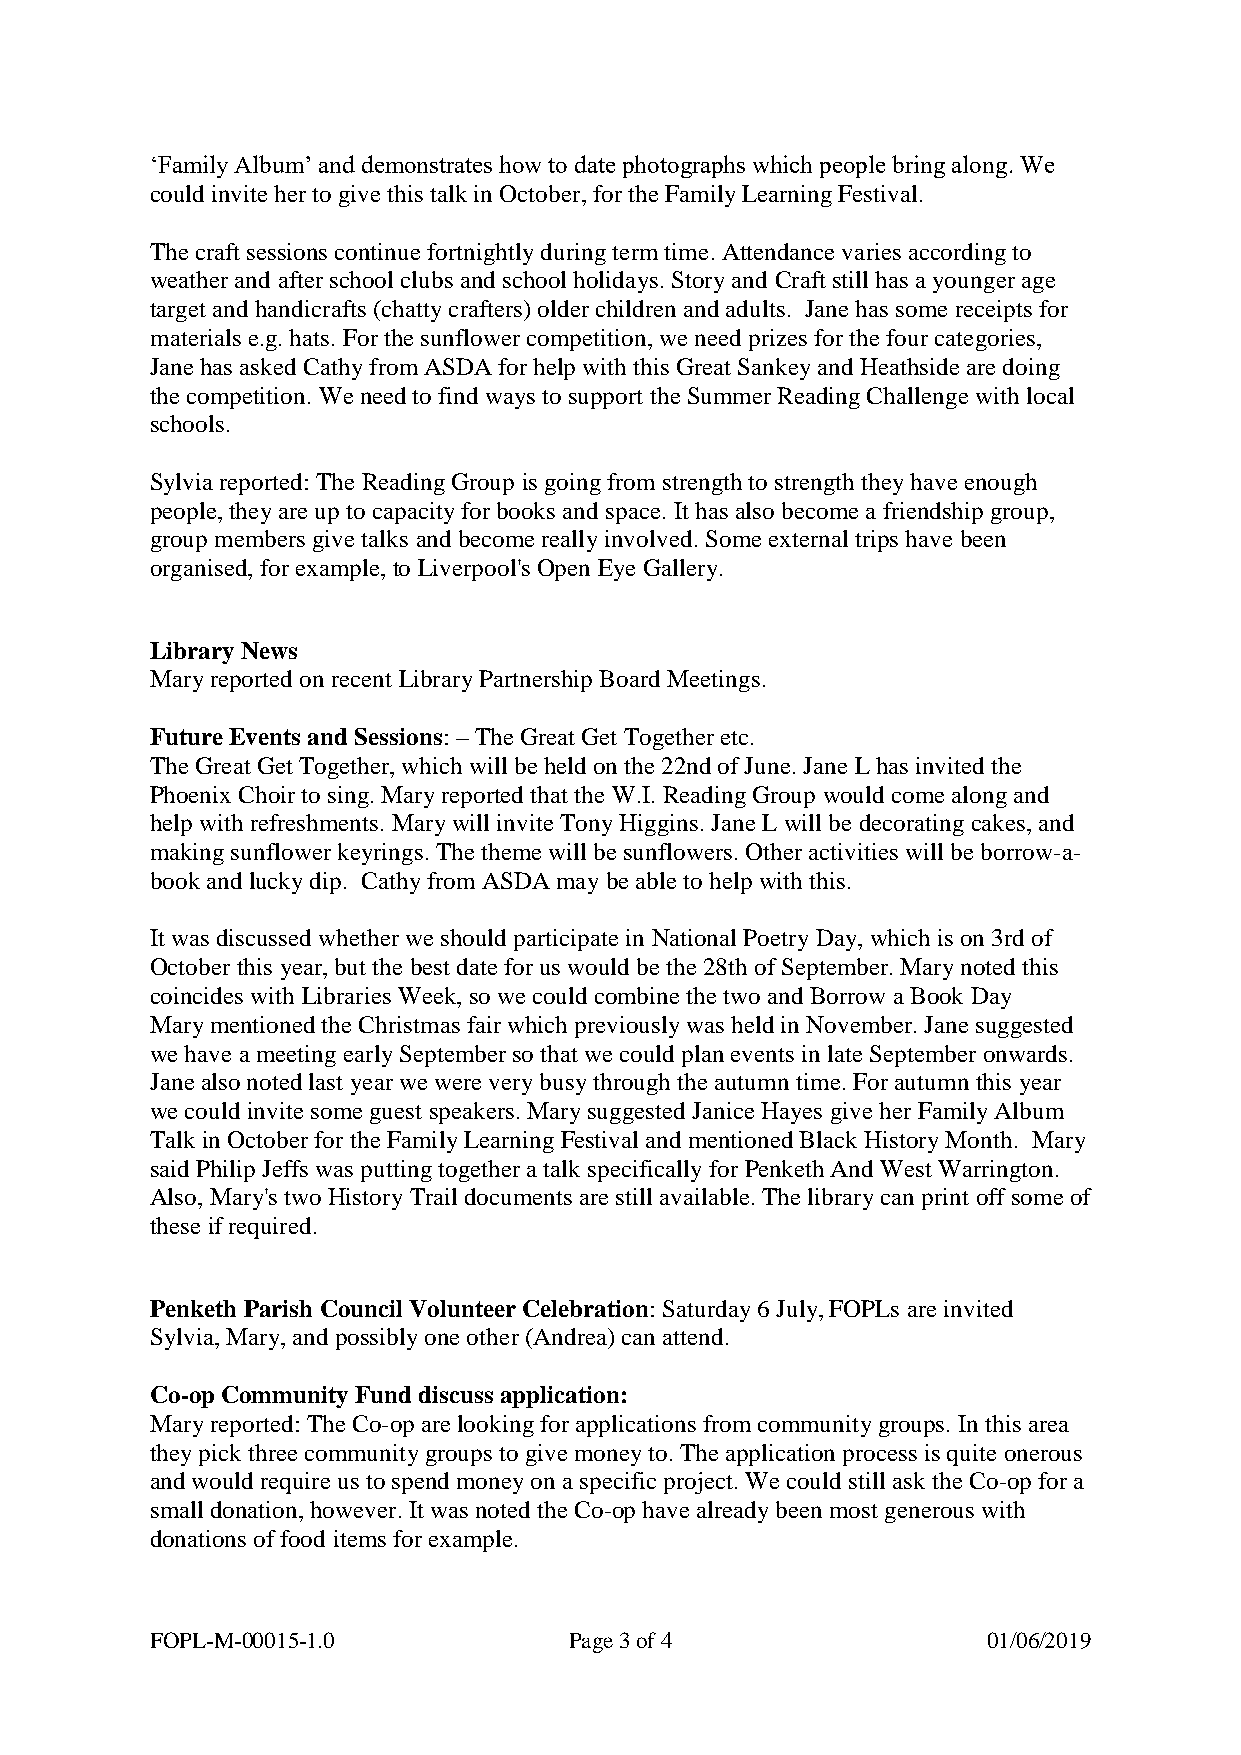
‘Family Album’ and demonstrates how to date photographs which people bring along. We
 could invite her to give this talk in October, for the Family Learning Festival.
 The craft sessions continue fortnightly during term time. Attendance varies according to
 weather and after school clubs and school holidays. Story and Craft still has a younger age
 target and handicrafts (chatty crafters) older children and adults. Jane has some receipts for
 materials e.g. hats. For the sunflower competition, we need prizes for the four categories,
 Jane has asked Cathy from ASDA for help with this Great Sankey and Heathside are doing
 the competition. We need to find ways to support the Summer Reading Challenge with local
 schools.
 Sylvia reported: The Reading Group is going from strength to strength they have enough
 people, they are up to capacity for books and space. It has also become a friendship group,
 group members give talks and become really involved. Some external trips have been
 organised, for example, to Liverpool's Open Eye Gallery.
 Library News
 Mary reported on recent Library Partnership Board Meetings.
 Future Events and Sessions: – The Great Get Together etc.
 The Great Get Together, which will be held on the 22nd of June. Jane L has invited the
 Phoenix Choir to sing. Mary reported that the W.I. Reading Group would come along and
 help with refreshments. Mary will invite Tony Higgins. Jane L will be decorating cakes, and
 making sunflower keyrings. The theme will be sunflowers. Other activities will be borrow-a-
 book and lucky dip. Cathy from ASDA may be able to help with this.
 It was discussed whether we should participate in National Poetry Day, which is on 3rd of
 October this year, but the best date for us would be the 28th of September. Mary noted this
 coincides with Libraries Week, so we could combine the two and Borrow a Book Day
 Mary mentioned the Christmas fair which previously was held in November. Jane suggested
 we have a meeting early September so that we could plan events in late September onwards.
 Jane also noted last year we were very busy through the autumn time. For autumn this year
 we could invite some guest speakers. Mary suggested Janice Hayes give her Family Album
 Talk in October for the Family Learning Festival and mentioned Black History Month. Mary
 said Philip Jeffs was putting together a talk specifically for Penketh And West Warrington.
 Also, Mary's two History Trail documents are still available. The library can print off some of
 these if required.
 Penketh Parish Council Volunteer Celebration: Saturday 6 July, FOPLs are invited
 Sylvia, Mary, and possibly one other (Andrea) can attend.
 Co-op Community Fund discuss application:
 Mary reported: The Co-op are looking for applications from community groups. In this area
 they pick three community groups to give money to. The application process is quite onerous
 and would require us to spend money on a specific project. We could still ask the Co-op for a
 small donation, however. It was noted the Co-op have already been most generous with
 donations of food items for example.
 FOPL-M-00015-1.0            Page 3 of 4                01/06/2019